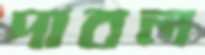
দাবল